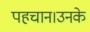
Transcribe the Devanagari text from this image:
पहचान।उनके